Trukikaitis_Postimees, lk 78
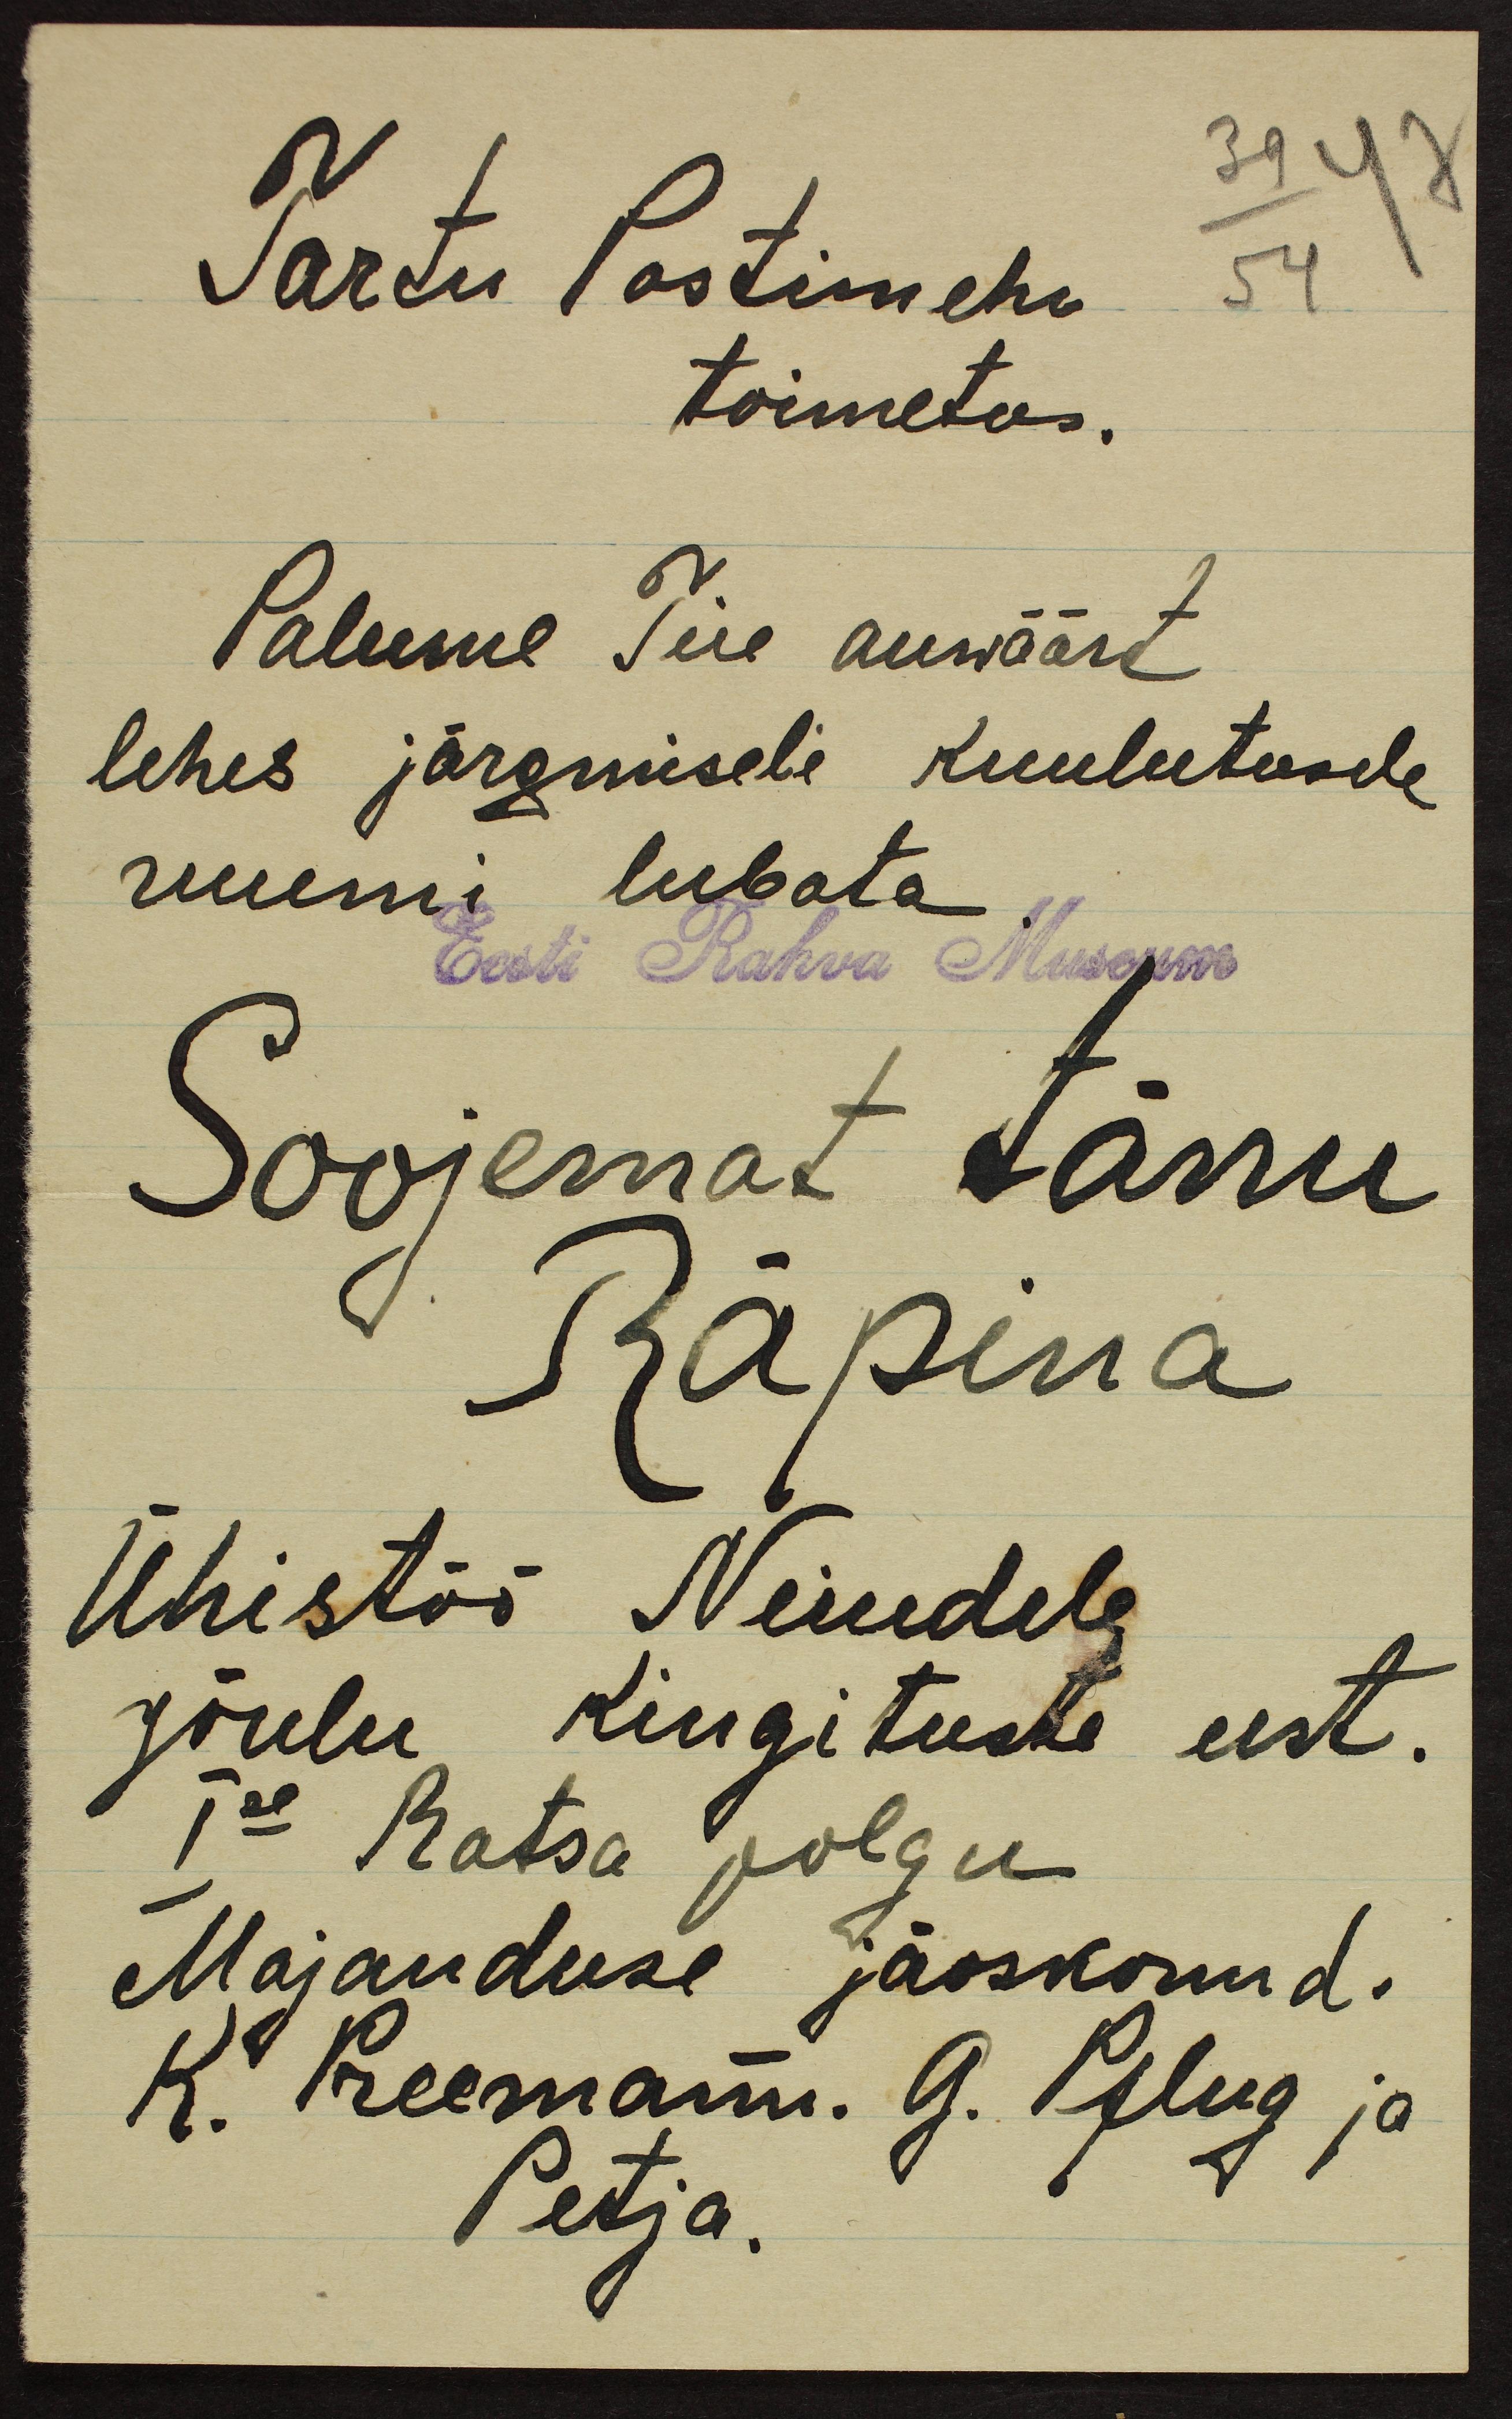
Tartu Postimehe
toimetus.
Palume Teie auwäärt
lehes järgmisele kuulutusele
ruumi lubata
Eesti Rahva Museum
Soojemat tänu
Räpina
Ühistöö Neiudele
jõulu kingituste eest.
I se Ratsa polgu
Majanduse jaoskonnd.
K. Preemann. G. Pilug ja
Petja.